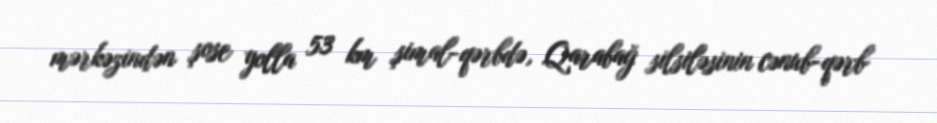
mərkəzindən şose yolla 53 km şimal-qərbdə, Qarabağ silsiləsinin cənub-qərb